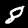
Digit: 8